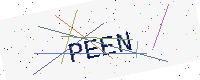
Text: PEEN